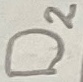
Text: D2